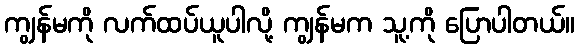
ကျွန်မကို လက်ထပ်ယူပါလို့ ကျွန်မက သူ့ကို ပြောပါတယ်။